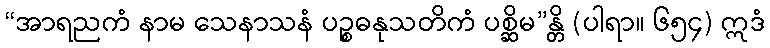
“အာရညကံ နာမ သေနာသနံ ပဉ္စဓနုသတိကံ ပစ္ဆိမ”န္တိ (ပါရာ။ ၆၅၄) ဣဒံ